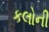
કલોની